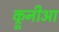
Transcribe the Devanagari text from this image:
क्रूनीआ